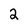
Character: 2